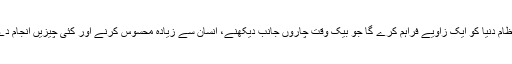
ٹیسلا نے اسے بیان کرتے ہوئے کہا ہے کہ یہ نظام دنیا کو ایک زاویے فراہم کرے گا جو بیک وقت چاروں جانب دیکھنے، انسان سے زیادہ محسوس کرنے اور کئی چیزیں انجام دے سکے گا جو اکیلا ڈرائیور انجام نہیں دے سکتا۔